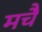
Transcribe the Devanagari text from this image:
मचै